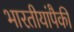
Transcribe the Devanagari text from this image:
भारतीयांपैकी